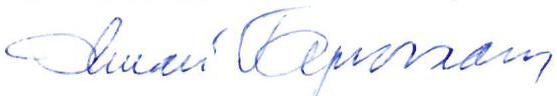
Ilmari Tapiovaara